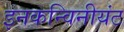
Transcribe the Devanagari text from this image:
इनकन्विनीयंट